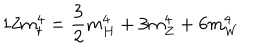
LaTeX: 1 2 m _ { t } ^ { 4 } = \frac { 3 } { 2 } m _ { H } ^ { 4 } + 3 m _ { Z } ^ { 4 } + 6 m _ { W } ^ { 4 }